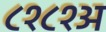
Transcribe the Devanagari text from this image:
८१८१अ